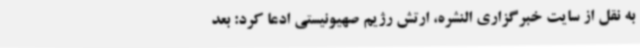
به نقل از سایت خبرگزاری النشره، ارتش رژیم صهیونیستی ادعا کرد: بعد